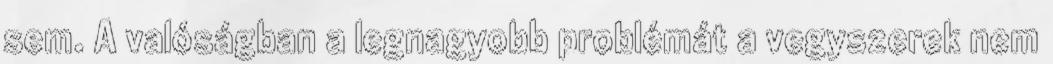
sem. A valóságban a legnagyobb problémát a vegyszerek nem